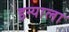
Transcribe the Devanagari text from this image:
इन्याला